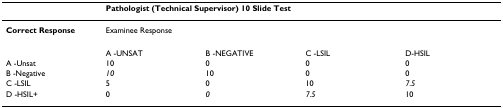
|  | <COLSPAN=4> Pathologist (Technical Supervisor) 10 Slide Test |
 | --- | --- | --- | --- | --- |
 | Correct Response | <COLSPAN=4> Examinee Response |
 |  | A -UNSAT | B -NEGATIVE | C -LSIL | D-HSIL |
 | A -Unsat | 10 | 0 | 0 | 0 |
 | B -Negative | 10 | 10 | 0 | 0 |
 | C -LSIL | 5 | 0 | 10 | 7.5 |
 | D -HSIL+ | 0 | 0 | 7.5 | 10 |